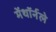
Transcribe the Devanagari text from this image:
मेंथॉर्नले